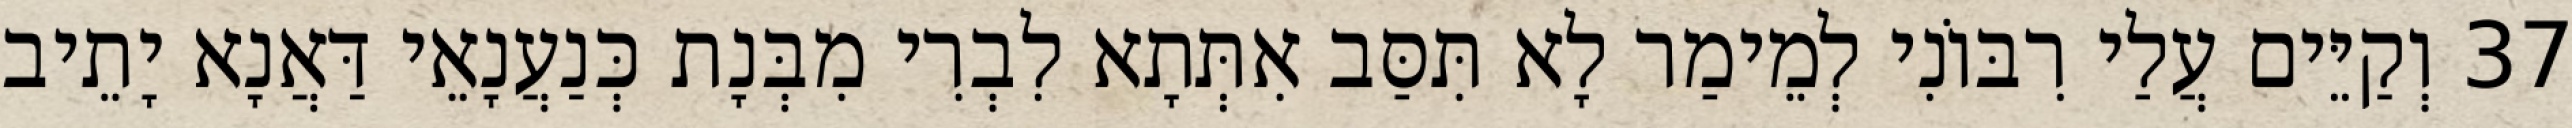
37 וְקַיֵּים עֲלַי רִבּוֹנִי לְמֵימַר לָא תִּסַּב אִתְּתָא לִבְרִי מִבְּנָת כְּנַעֲנָאֵי דַּאֲנָא יָתֵיב